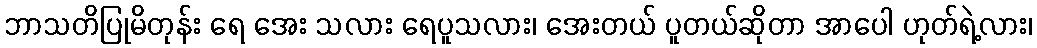
ဘာသတိပြုမိတုန်း ရေ အေး သလား ရေပူသလား၊ အေးတယ် ပူတယ်ဆိုတာ အာပေါ ဟုတ်ရဲ့လား၊